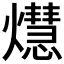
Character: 𤑡